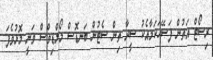
ރިސޯޓް އަތުން ފަސޭހަކަމާއެކު ސީދާ ތިން ސެޓުން ބަނޑޮސް މޯލްޑިވްސް ވަނީ މޮޅުވެފަ